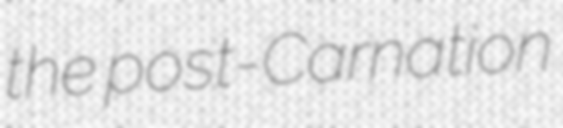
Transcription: the post-Carnation